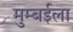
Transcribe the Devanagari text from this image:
मुम्बईला